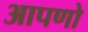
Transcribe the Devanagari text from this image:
आपणो